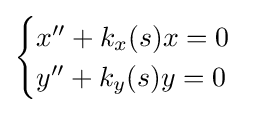
{\begin{cases}x''+k_{x}(s)x=0\\y''+k_{y}(s)y=0\\\end{cases}}